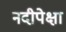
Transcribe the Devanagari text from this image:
नदीपेक्षा